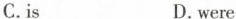
C.is D.were